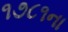
૧૭૮૧ના